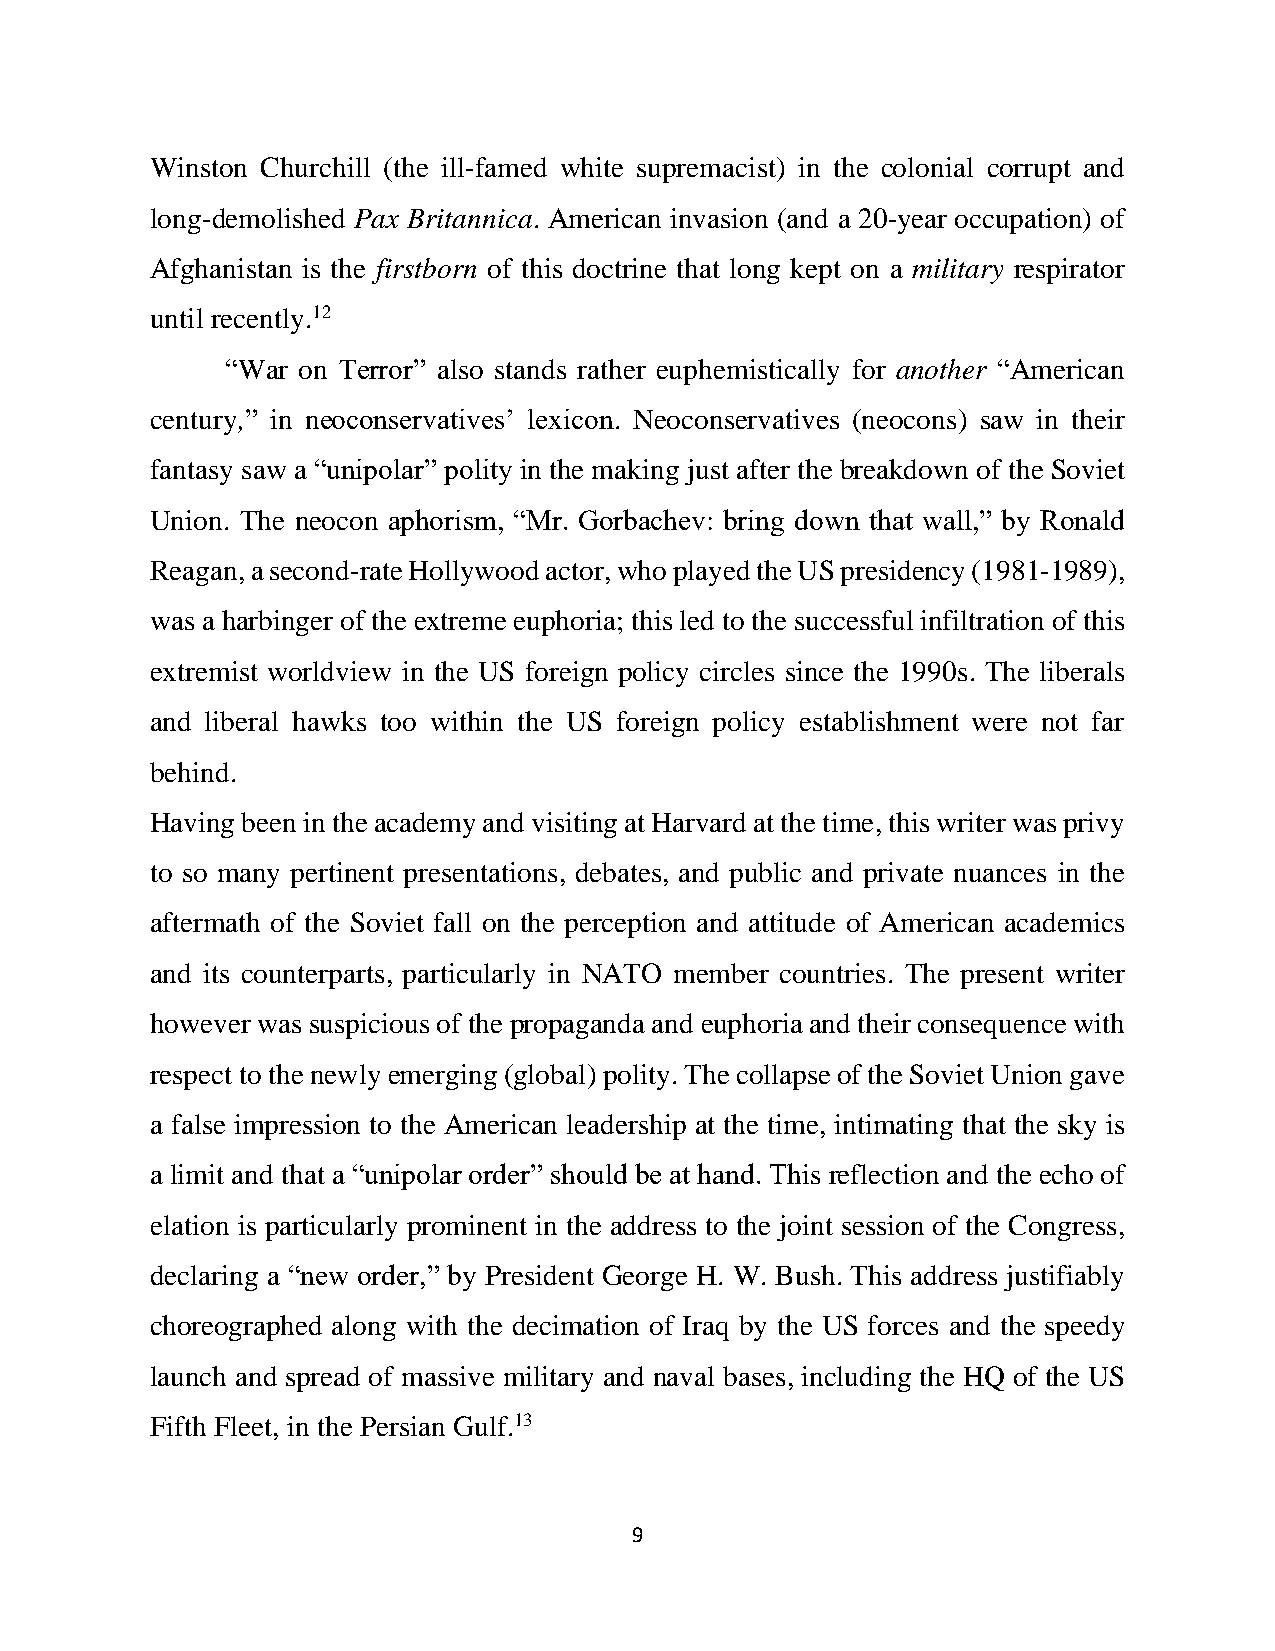
Winston Churchill (the ill-famed white supremacist) in the colonial corrupt and
 long-demolished Pax Britannica. American invasion (and a 20-year occupation) of
 Afghanistan is the firstborn of this doctrine that long kept on a military respirator
 until recently.12
 “War on Terror” also stands rather euphemistically for another “American
 century,” in neoconservatives’ lexicon. Neoconservatives (neocons) saw in their
 fantasy saw a “unipolar” polity in the making just after the breakdown of the Soviet
 Union. The neocon aphorism, “Mr. Gorbachev: bring down that wall,” by Ronald
 Reagan, a second-rate Hollywood actor, who played the US presidency (1981-1989),
 was a harbinger of the extreme euphoria; this led to the successful infiltration of this
 extremist worldview in the US foreign policy circles since the 1990s. The liberals
 and liberal hawks too within the US foreign policy establishment were not far
 behind.
 Having been in the academy and visiting at Harvard at the time, this writer was privy
 to so many pertinent presentations, debates, and public and private nuances in the
 aftermath of the Soviet fall on the perception and attitude of American academics
 and its counterparts, particularly in NATO member countries. The present writer
 however was suspicious of the propaganda and euphoria and their consequence with
 respect to the newly emerging (global) polity. The collapse of the Soviet Union gave
 a false impression to the American leadership at the time, intimating that the sky is
 a limit and that a “unipolar order” should be at hand. This reflection and the echo of
 elation is particularly prominent in the address to the joint session of the Congress,
 declaring a “new order,” by President George H. W. Bush. This address justifiably
 choreographed along with the decimation of Iraq by the US forces and the speedy
 launch and spread of massive military and naval bases, including the HQ of the US
 Fifth Fleet, in the Persian Gulf.13
 9